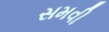
સમવી